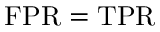
\mathrm { { F P R } = \mathrm { { T P R } } }